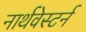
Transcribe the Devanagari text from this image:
नार्थवेस्टर्न